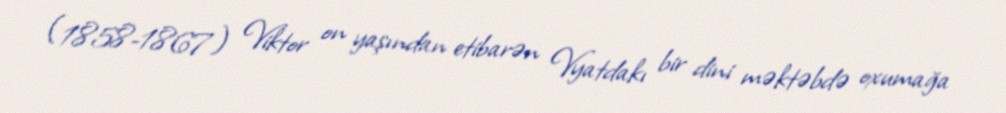
(1858-1867) Viktor on yaşından etibarən Vyatdakı bir dini məktəbdə oxumağa